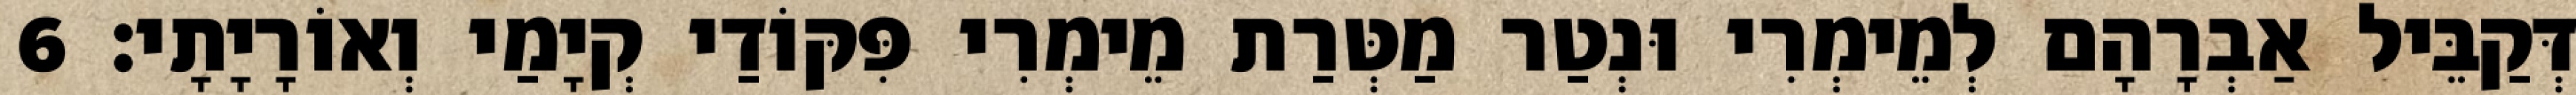
דְּקַבֵּיל אַבְרָהָם לְמֵימְרִי וּנְטַר מַטְּרַת מֵימְרִי פִּקּוֹדַי קְיָמַי וְאוֹרָיָתָי׃ 6